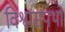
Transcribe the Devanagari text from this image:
विश्वासपथों